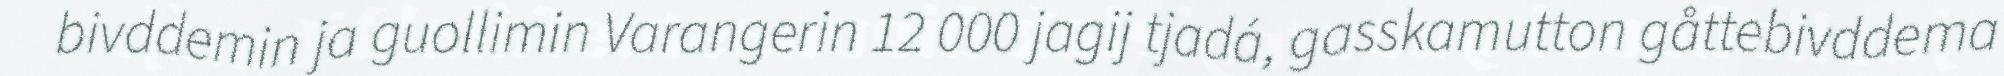
bivddemin ja guollimin Varangerin 12 000 jagij tjadá, gasskamutton gåttebivddema